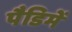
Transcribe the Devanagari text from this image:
पैडिमें